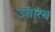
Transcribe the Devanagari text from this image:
उचारब